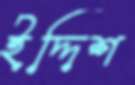
ইদ্দিশ